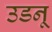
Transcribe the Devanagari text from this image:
उडनू